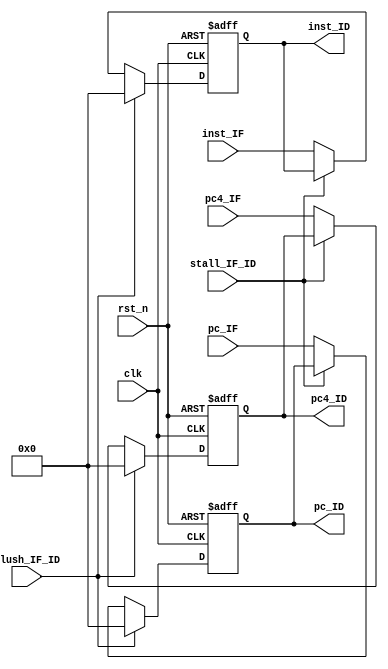
module Reg_IF_ID(
    input   clk,
    input   rst_n,

    input   [31:0]inst_IF,
    input   [31:0]pc_IF,
    input   [31:0]pc4_IF,

    input   stall_IF_ID,
    input   flush_IF_ID,

    output  reg [31:0]inst_ID,
    output  reg [31:0]pc_ID,
    output  reg [31:0]pc4_ID
);

always@(posedge clk or negedge rst_n)
begin
    if(~rst_n)
    begin
        inst_ID<=0;
    end
    else if(flush_IF_ID)
    begin
        inst_ID<=0;
    end
    else if(stall_IF_ID)
    begin
        inst_ID<=inst_ID;
    end
    else
    begin
        inst_ID<=inst_IF;
    end
end

always@(posedge clk or negedge rst_n)
begin
    if(~rst_n)
    begin
        pc_ID<=0;
    end
    else if(flush_IF_ID)
    begin
        pc_ID<=0;
    end
    else if(stall_IF_ID)
    begin
        pc_ID<=pc_ID;
    end
    else
    begin
        pc_ID<=pc_IF;
    end
end

always@(posedge clk or negedge rst_n)
begin
    if(~rst_n)
    begin
        pc4_ID<=0;
    end
    else if(flush_IF_ID)
    begin
        pc4_ID<=0;
    end
    else if(stall_IF_ID)
    begin
        pc4_ID<=pc4_ID;
    end
    else
    begin
        pc4_ID<=pc4_IF;
    end
end



endmodule